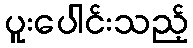
ပူးပေါင်းသည့်